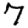
Digit: 7